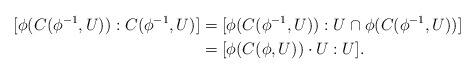
\begin{align*}[\phi(C(\phi^{-1},U)):C(\phi^{-1},U)]&=[\phi(C(\phi^{-1},U)):U\cap \phi(C(\phi^{-1},U))]\\&=[\phi(C(\phi,U))\cdot U:U].\end{align*}